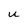
Character: U